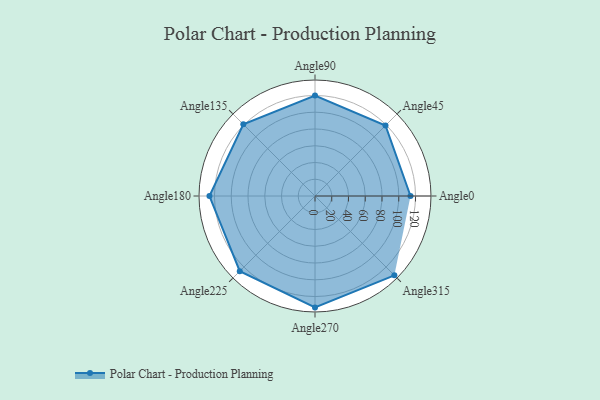
{"axis": {"x": "Angle", "y": "Radius"}, "legend": [""], "data": [{"x": "Angle0", "y": 114.0, "type": ""}, {"x": "Angle45", "y": 119.0, "type": ""}, {"x": "Angle90", "y": 120.0, "type": ""}, {"x": "Angle135", "y": 121.0, "type": ""}, {"x": "Angle180", "y": 126.0, "type": ""}, {"x": "Angle225", "y": 127.0, "type": ""}, {"x": "Angle270", "y": 133.0, "type": ""}, {"x": "Angle315", "y": 134.0, "type": ""}]}